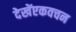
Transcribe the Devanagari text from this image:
देखेंएकवचन